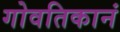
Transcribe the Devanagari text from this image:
गोवतिकानं